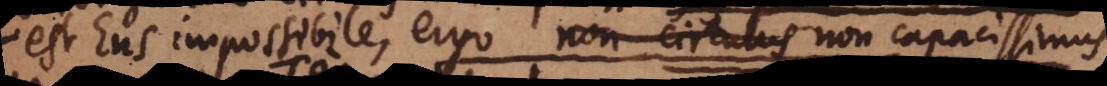
est Ens impossibile, ergo non-circulus non capacissimus